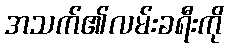
အသက်၏လမ်းခရီးကို